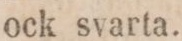
ock svarta.